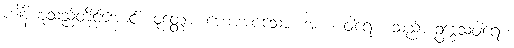
ပဒါနိဟူသည့်တိုင်အောင်။ ဝုတ္တော၊ ဟောအပ်သော။ အယံ ဝါရော၊ သည်။ ဥဒ္ဒေသဝါရော၊